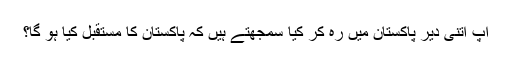
آپ اتنی دیر پاکستان میں رہ کر کیا سمجھتے ہیں کہ پاکستان کا مستقبل کیا ہو گا؟